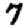
Digit: 7